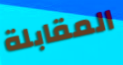
المقابلة